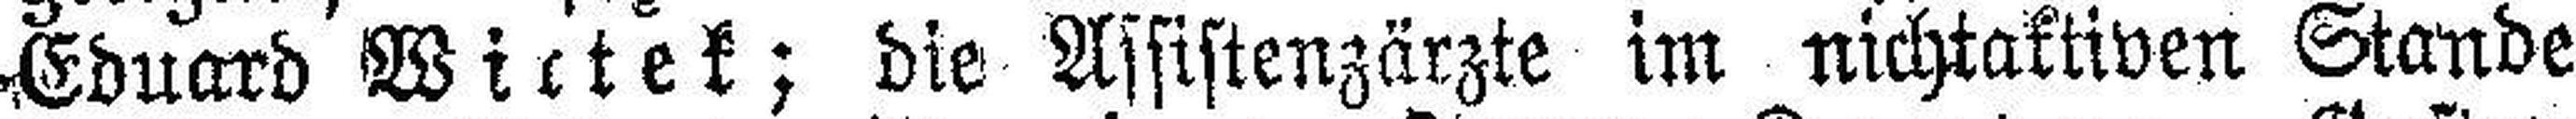
Eduard Wirtek; die Assistenzärzte im nichtaktiven Stande